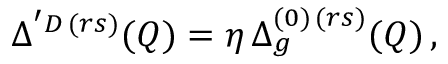
\Delta ^ { ' D \, ( r s ) } ( Q ) = \eta \, \Delta _ { g } ^ { ( 0 ) \, ( r s ) } ( Q ) \, ,